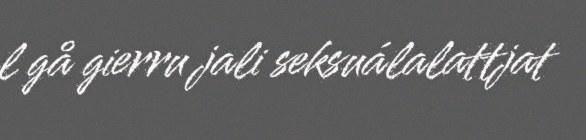
l gå gierru jali seksuálalattjat